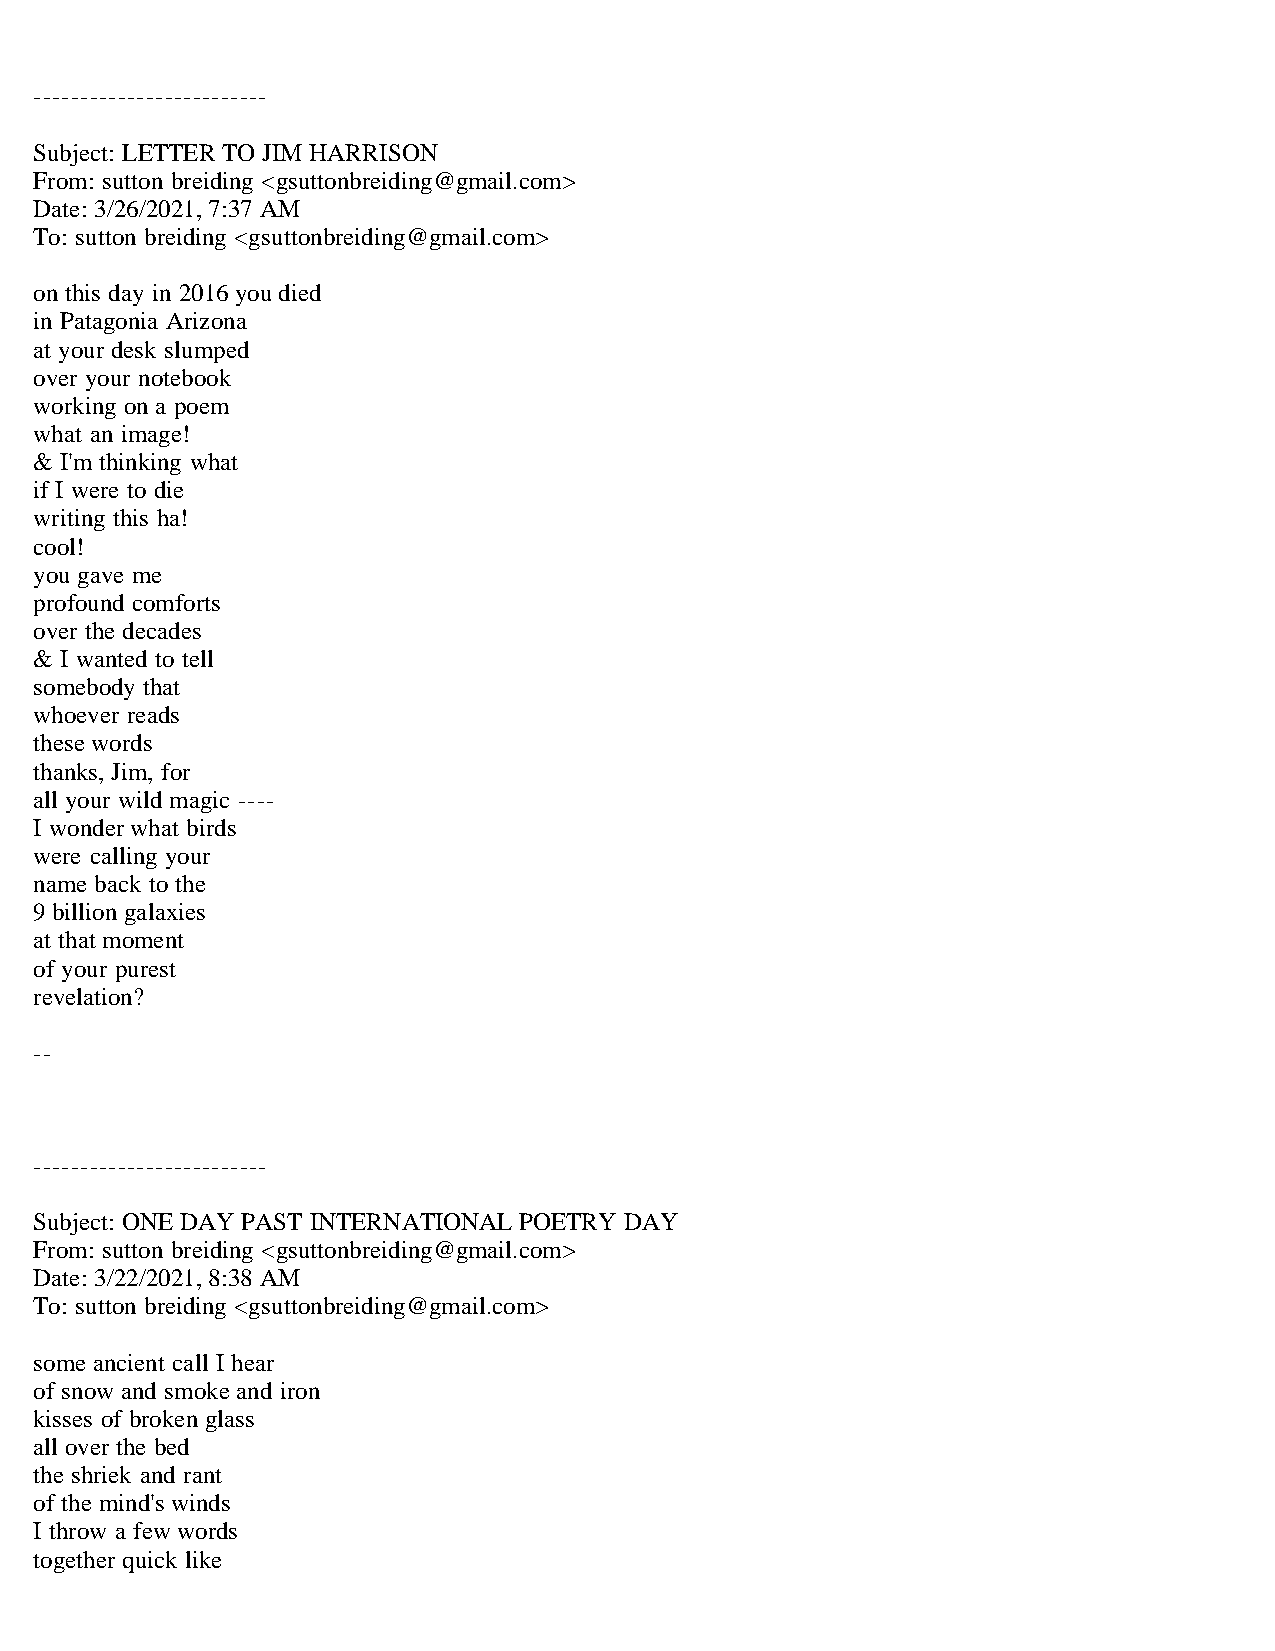
-------------------------
 Subject: LETTER TO JIM HARRISON
 From: sutton breiding <gsuttonbreiding@gmail.com>
 Date: 3/26/2021, 7:37 AM
 To: sutton breiding <gsuttonbreiding@gmail.com>
 on this day in 2016 you died
 in Patagonia Arizona
 at your desk slumped
 over your notebook
 working on a poem
 what an image!
 & I'm thinking what
 if I were to die
 writing this ha!
 cool!
 you gave me
 profound comforts
 over the decades
 & I wanted to tell
 somebody that
 whoever reads
 these words
 thanks, Jim, for
 all your wild magic ----
 I wonder what birds
 were calling your
 name back to the
 9 billion galaxies
 at that moment
 of your purest
 revelation?
 --
 -------------------------
 Subject: ONE DAY PAST INTERNATIONAL POETRY DAY
 From: sutton breiding <gsuttonbreiding@gmail.com>
 Date: 3/22/2021, 8:38 AM
 To: sutton breiding <gsuttonbreiding@gmail.com>
 some ancient call I hear
 of snow and smoke and iron
 kisses of broken glass
 all over the bed
 the shriek and rant
 of the mind's winds
 I throw a few words
 together quick like